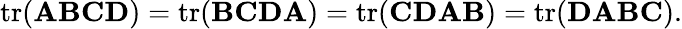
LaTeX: \operatorname{tr}(\mathbf{A}\mathbf{B}\mathbf{C}\mathbf{D})=\operatorname{tr}(\mathbf{B}\mathbf{C}\mathbf{D}\mathbf{A})=\operatorname{tr}(\mathbf{C}\mathbf{D}\mathbf{A}\mathbf{B})=\operatorname{tr}(\mathbf{D}\mathbf{A}\mathbf{B}\mathbf{C}).